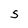
Character: S